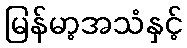
မြန်မာ့အသံနှင့်